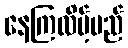
နေကြလိမ့်မည်